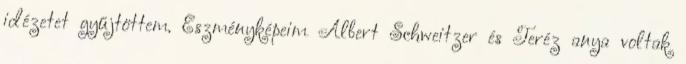
idézetet gyűjtöttem. Eszményképeim Albert Schweitzer és Teréz anya voltak